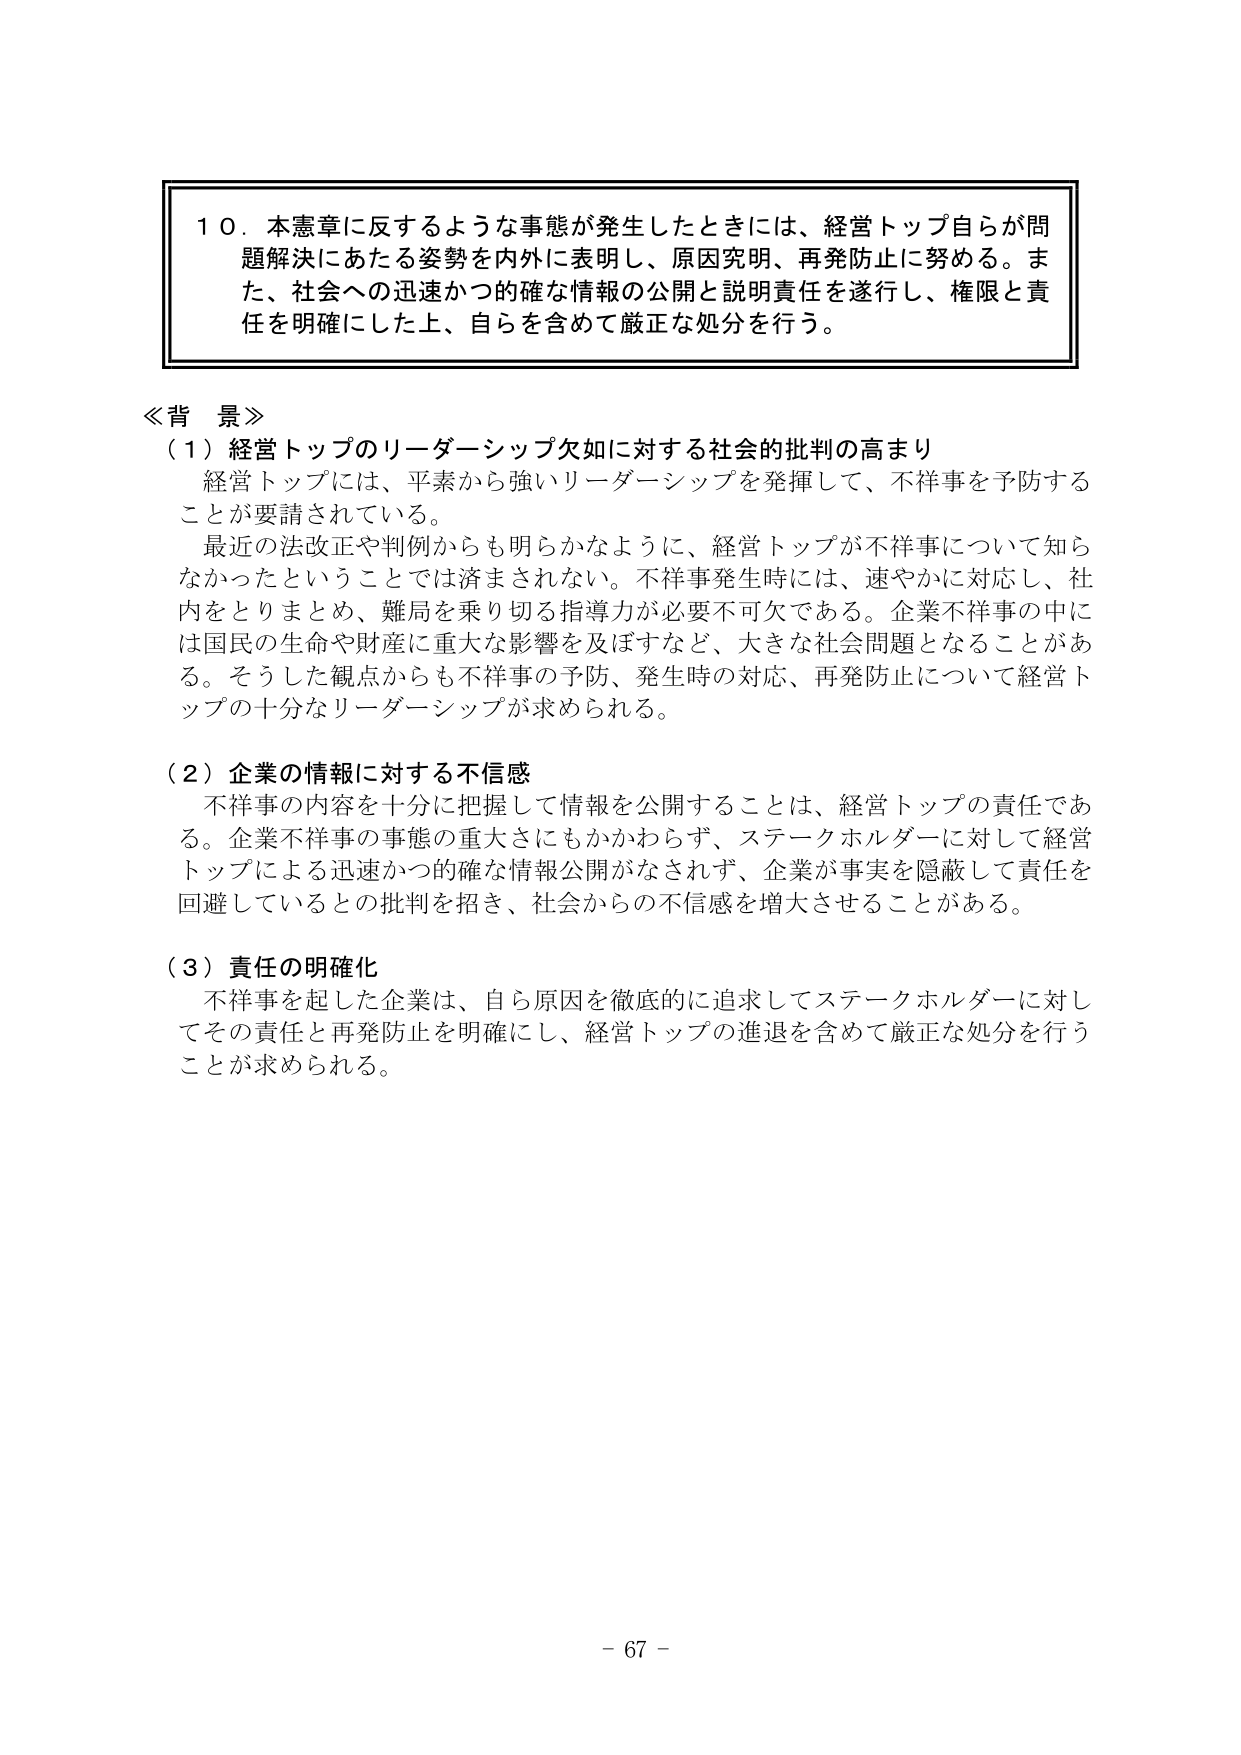
１０．本憲章に反するような事態が発生したときには、経営トップ自らが問題解決にあたる姿勢を内外に表明し、原因究明、再発防止に努める。また、社会への迅速かつ的確な情報の公開と説明責任を遂行し、権限と責任を明確にした上、自らを含めて厳正な処分を行う。

≪背景≫
（１）経営トップのリーダーシップ欠如に対する社会的批判の高まり
　経営トップには、平素から強いリーダーシップを発揮して、不祥事を予防することが要請されている。
　最近の法改正や判例からも明らかなように、経営トップが不祥事について知らなかったということでは済まされない。不祥事発生時には、速やかに対応し、社内をとりまとめ、難局を乗り切る指導力が必要不可欠である。企業不祥事の中には国民の生命や財産に重大な影響を及ぼすなど、大きな社会問題となることがある。そうした観点からも不祥事の予防、発生時の対応、再発防止について経営トップの十分なリーダーシップが求められる。

（２）企業の情報に対する不信感
　不祥事の内容を十分に把握して情報を公開することは、経営トップの責任である。企業不祥事の事態の重大さにもかかわらず、ステークホルダーに対して経営トップによる迅速かつ的確な情報公開がなされず、企業が事実を隠蔽して責任を回避しているとの批判を招き、社会からの不信感を増大させることがある。

（３）責任の明確化
　不祥事を起した企業は、自ら原因を徹底的に追求してステークホルダーに対してその責任と再発防止を明確にし、経営トップの進退を含めて厳正な処分を行うことが求められる。

－ 67 －